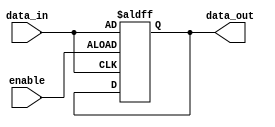
module transparent_latch (
    input wire enable,
    input wire data_in,
    output reg data_out
);

always @(posedge enable or posedge data_in)
begin
    if (enable)
        data_out <= data_in;
end

endmodule